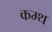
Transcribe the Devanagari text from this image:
कम्थ